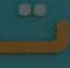
ت